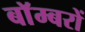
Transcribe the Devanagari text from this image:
बाॅम्बरों